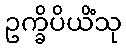
ဥက္ခိပိယိံသု